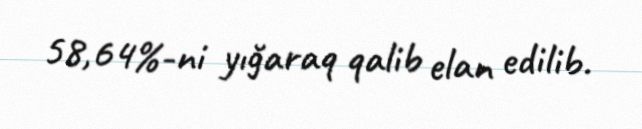
58,64%-ni yığaraq qalib elan edilib.